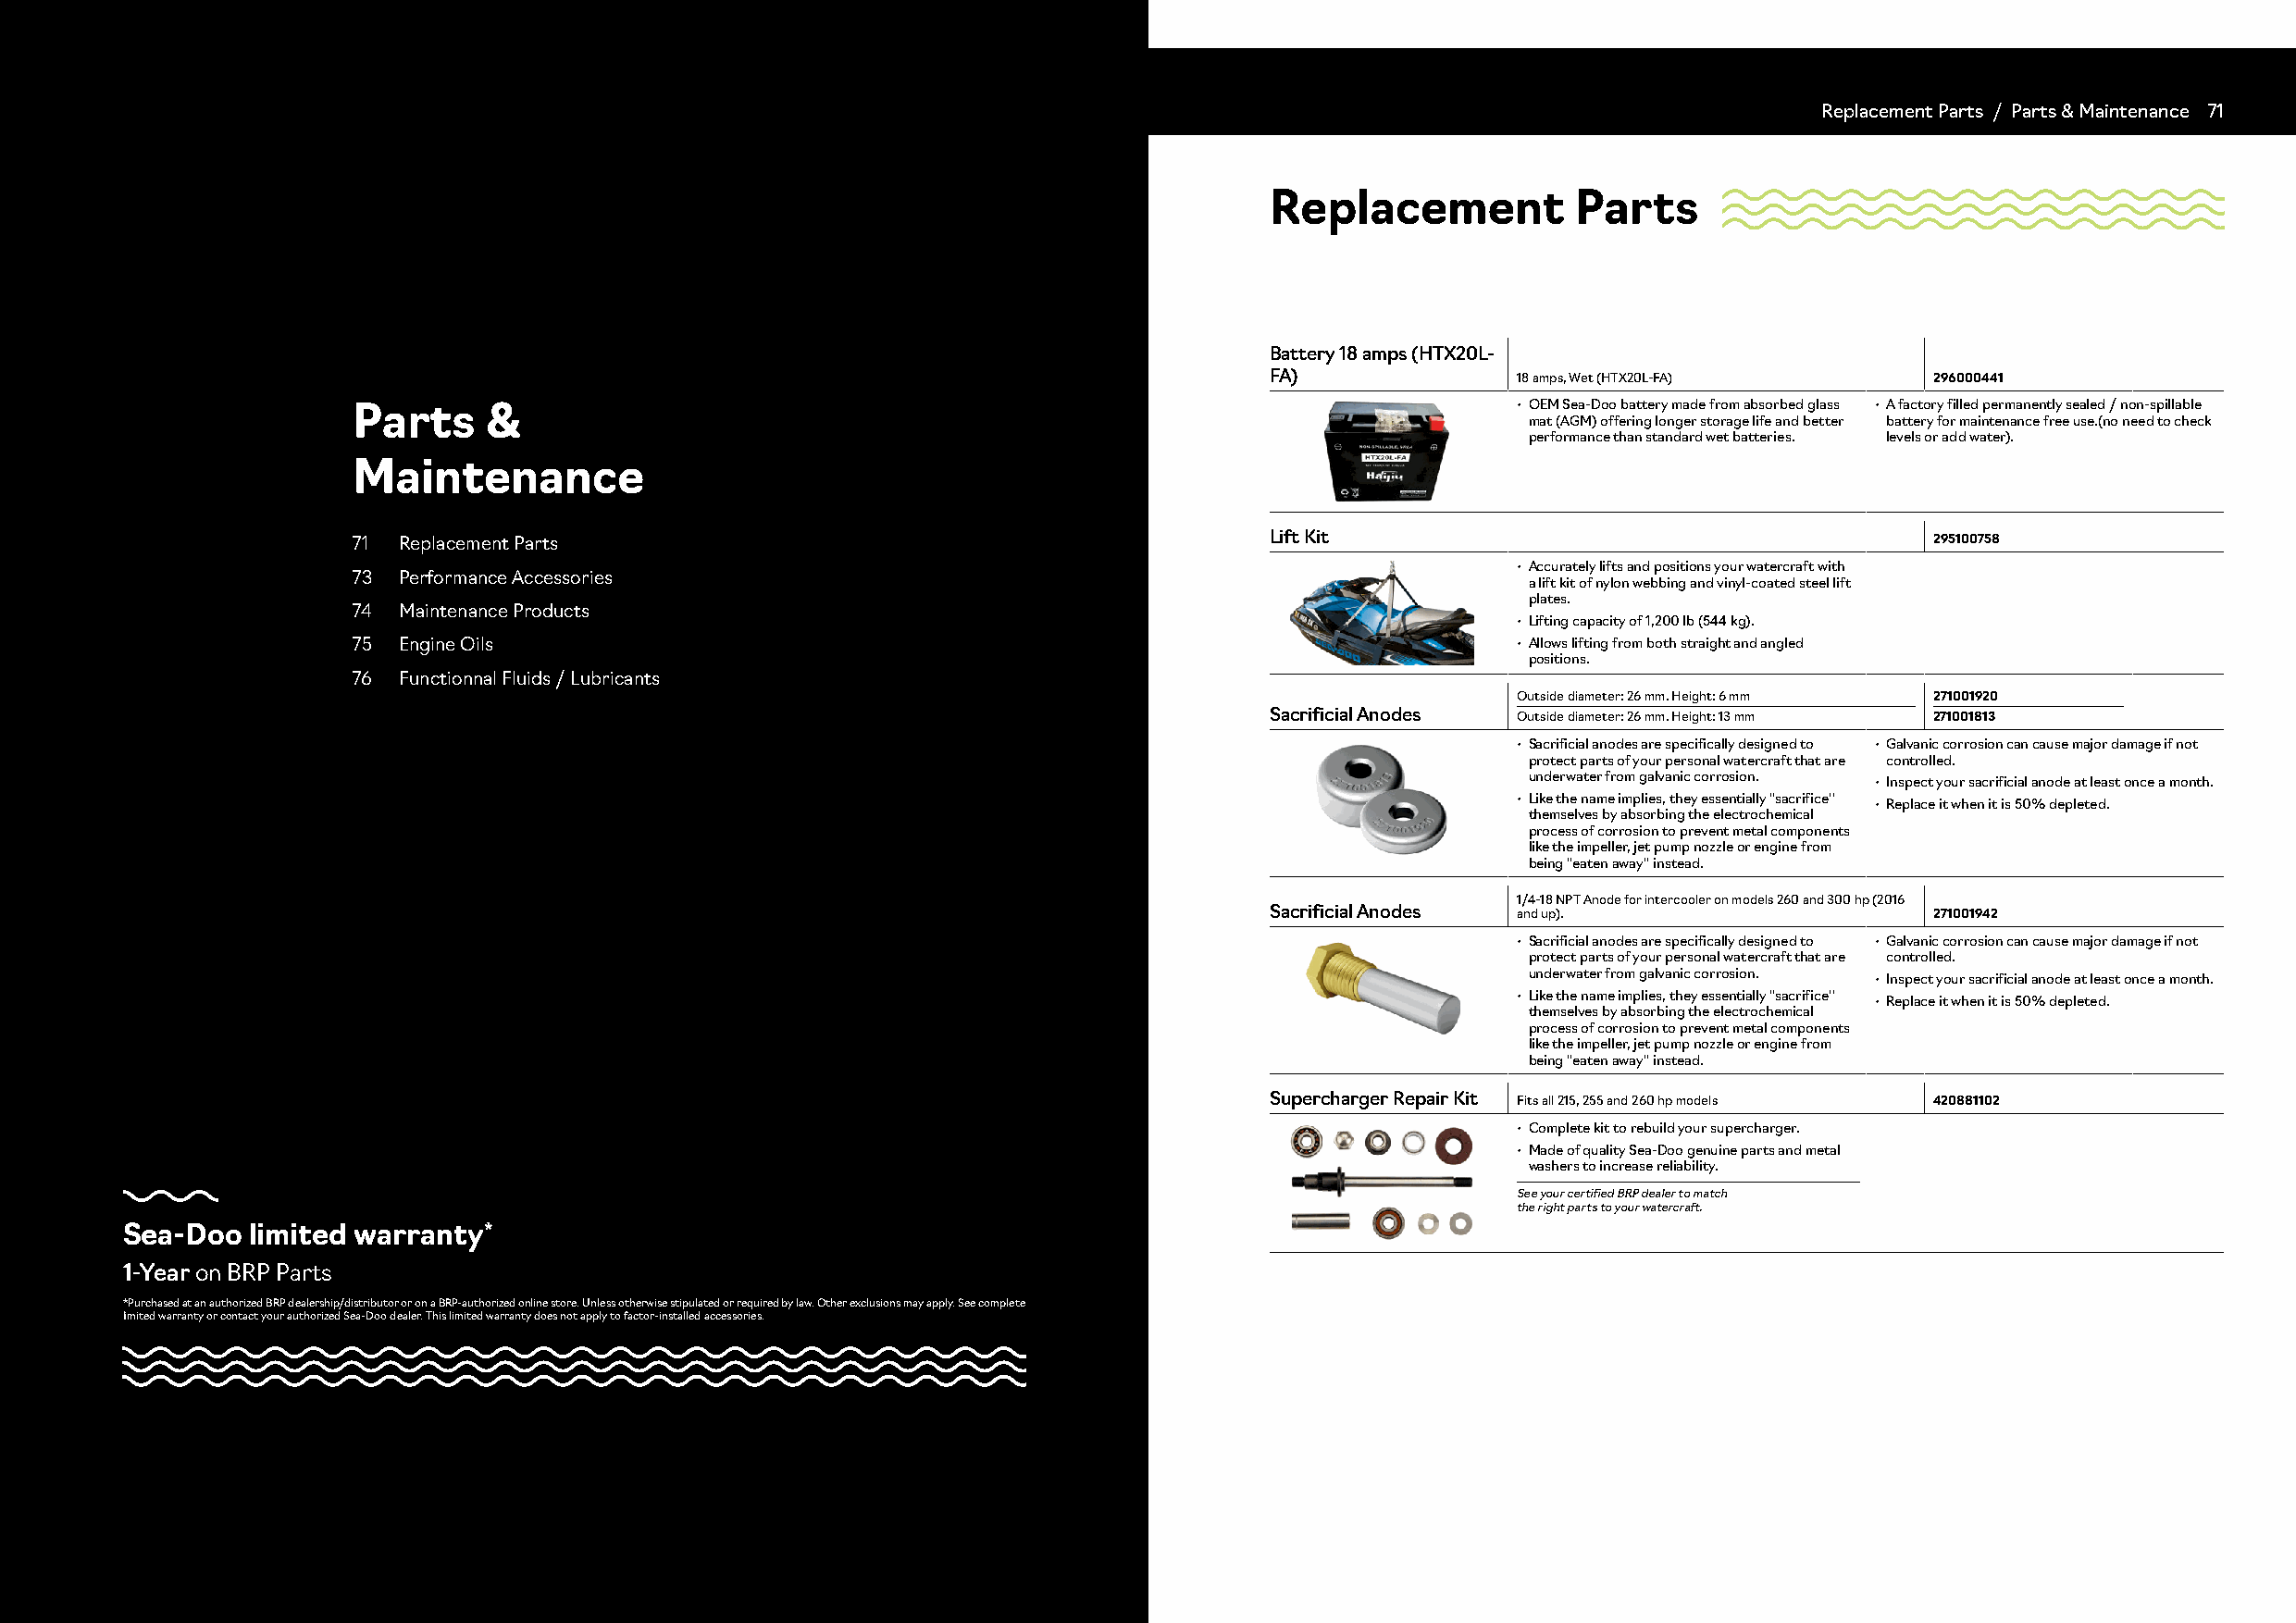
70 Parts & Maintenance / Category                                                                                            ReplacemCenatte Pgaorrtys // PPaarrttss && MMaaiinntteennaannccee 7711
 Replacement           Parts
 Battery 18 amps (HTX20L-
 FA)              18 amps, Wet (HTX20L-FA)      296000441
 Parts     &                                                                        • OEM Sea-Doo battery made from absorbed glass • A factory filled permanently sealed / non-spillable
 mat (AGM) offering longer storage life and better battery for maintenance free use.(no need to check
 performance than standard wet batteries. levels or add water).
 Maintenance
 71  Replacement Parts                                             Lift Kit                                       295100758
 • Accurately lifts and positions your watercraft with
 73  Performance Accessories
 a lift kit of nylon webbing and vinyl-coated steel lift
 plates.
 74  Maintenance Products
 • Lifting capacity of 1,200 lb (544 kg).
 75  Engine Oils                                                                    • Allows lifting from both straight and angled
 positions.
 76  Functionnal Fluids / Lubricants
 Outside diameter: 26 mm. Height: 6 mm 271001920
 Sacrificial Anodes Outside diameter: 26 mm. Height: 13 mm 271001813
 • Sacrificial anodes are specifically designed to • Galvanic corrosion can cause major damage if not
 protect parts of your personal watercraft that are controlled.
 underwater from galvanic corrosion.
 • Inspect your sacrificial anode at least once a month.
 • Like the name implies, they essentially ''sacrifice''
 • Replace it when it is 50% depleted.
 themselves by absorbing the electrochemical
 process of corrosion to prevent metal components
 like the impeller, jet pump nozzle or engine from
 being ''eaten away'' instead.
 1/4-18 NPT Anode for intercooler on models 260 and 300 hp (2016
 Sacrificial Anodes and up).                    271001942
 • Sacrificial anodes are specifically designed to • Galvanic corrosion can cause major damage if not
 protect parts of your personal watercraft that are controlled.
 underwater from galvanic corrosion.
 • Inspect your sacrificial anode at least once a month.
 • Like the name implies, they essentially ''sacrifice''
 • Replace it when it is 50% depleted.
 themselves by absorbing the electrochemical
 process of corrosion to prevent metal components
 like the impeller, jet pump nozzle or engine from
 being ''eaten away'' instead.
 Supercharger Repair Kit Fits all 215, 255 and 260 hp models 420881102
 • Complete kit to rebuild your supercharger.
 • Made of quality Sea-Doo genuine parts and metal
 washers to increase reliability.
 See your certified BRP dealer to match
 the right parts to your watercraft.
 Sea-Doo  limited warranty*
 1-Year on BRP Parts
 *Purchased at an authorized BRP dealership/distributor or on a BRP-authorized online store. Unless otherwise stipulated or required by law. Other exclusions may apply. See complete
 limited warranty or contact your authorized Sea-Doo dealer. This limited warranty does not apply to factor-installed accessories.